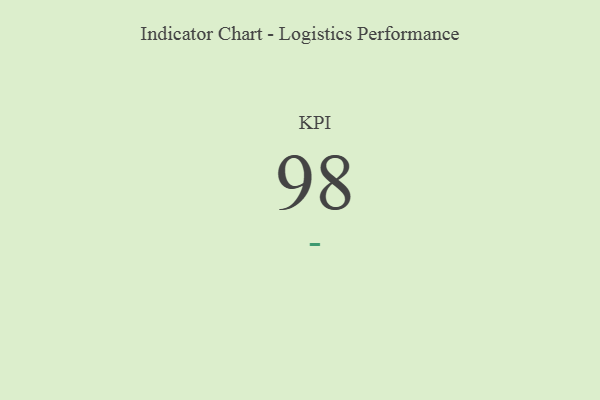
{"axis": {"x": "KPI", "y": "Value"}, "legend": [""], "data": [{"x": "KPI", "y": 98, "type": ""}]}